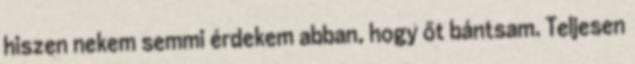
hiszen nekem semmi érdekem abban, hogy őt bántsam. Teljesen